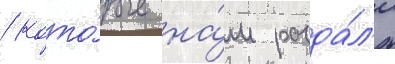
/ кото́рые на́м разда́л'и